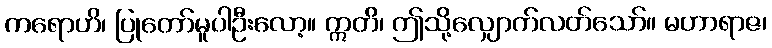
ကရောဟိ၊ ပြုတော်မူပါဦးလော့။ ဣတိ၊ ဤသို့လျှောက်လတ်သော်။ မဟာရာဇ၊